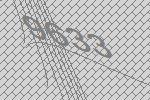
9633